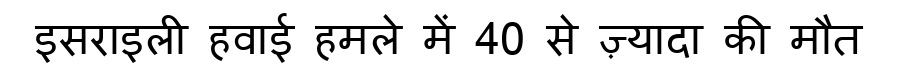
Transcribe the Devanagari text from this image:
इसराइली हवाई हमले में 40 से ज़्यादा की मौत